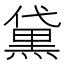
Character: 黛